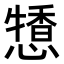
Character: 𢢹